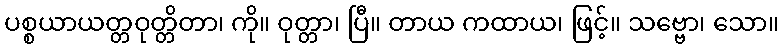
ပစ္စယာယတ္တဝုတ္တိတာ၊ ကို။ ဝုတ္တာ၊ ပြီ။ တာယ ကထာယ၊ ဖြင့်။ သဗ္ဗော၊ သော။